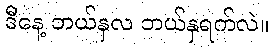
ဒီနေ့ ဘယ်နှလ ဘယ်နှရက်လဲ။